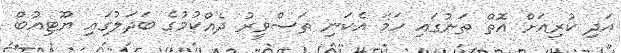
އަދި ކުރިއަށް އޮތް ތަނުގައި ހަމަ އެކަނި ތަސްވީރު ދެއްކުމުގެ ބަދަލުގައި ޔޫޓިއުބް